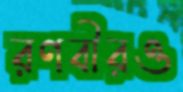
রণবীরও